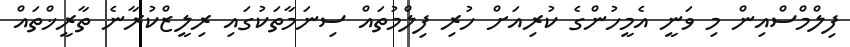
ފިލްމްސްއިން މި ވަނީ އެމީހުންގެ ކުރިއަށް ހުރި ފިލްމުތައް ސިނަމާތަކުގައި ރިލީޒްކުރާނެ ތާރީޚްތައް